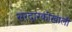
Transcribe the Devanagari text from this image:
सरदारकीखाली